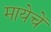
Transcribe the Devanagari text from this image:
मायेचें